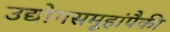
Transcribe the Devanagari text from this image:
उद्योगसमूहांपैकी